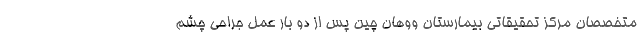
متخصصان مرکز تحقیقاتی بیمارستان ووهان چین پس از دو بار عمل جراحی چشم